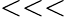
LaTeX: <<<